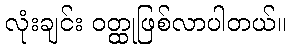
လုံးချင်း ဝတ္ထုဖြစ်လာပါတယ်။